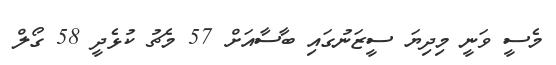
މެސީ ވަނީ މިދިޔަ ސީޒަނުގައި ބާސާއަށް 57 މެޗު ކުޅެދީ 58 ގޯލް